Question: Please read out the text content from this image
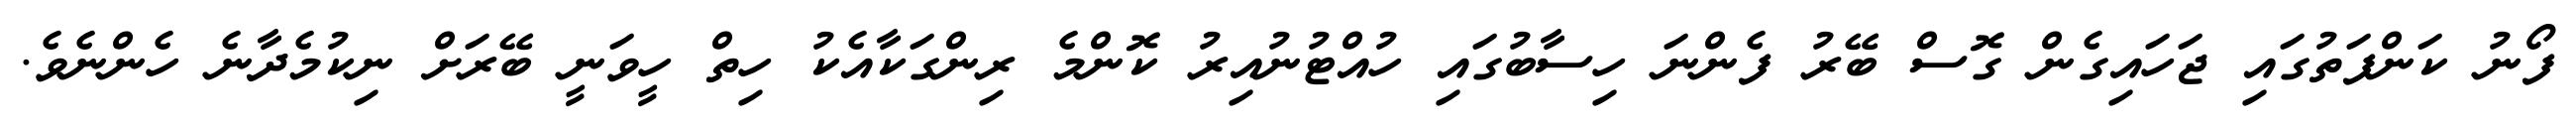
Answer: ފޯނު ކަންފަތުގައި ޖަހައިގެން ގޮސް ބޭރު ފެންނަ ހިސާބުގައި ހުއްޓުނުއިރު ކޮންމެ ރިންގަކާއެކު ހިތް ހީވަނީ ބޭރަށް ނިކުމެދާނެ ހެންނެވެ.